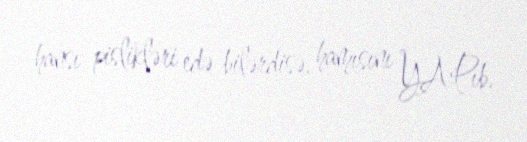
hansı pislikləri edə bilərdisə, hamısını YAPıb.